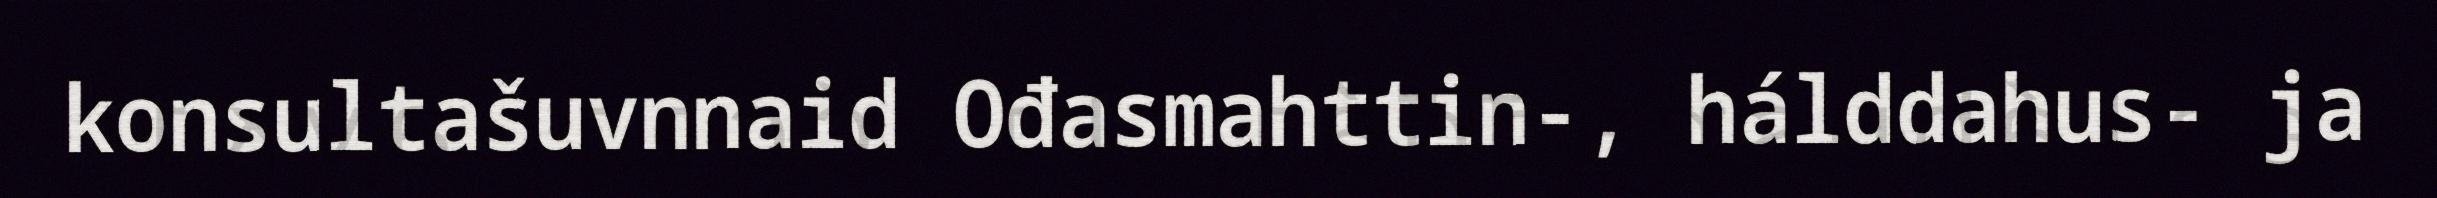
konsultašuvnnaid Ođasmahttin-, hálddahus- ja